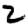
Digit: 2